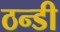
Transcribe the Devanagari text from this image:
ठन्डी